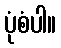
ပုံစံပါ။